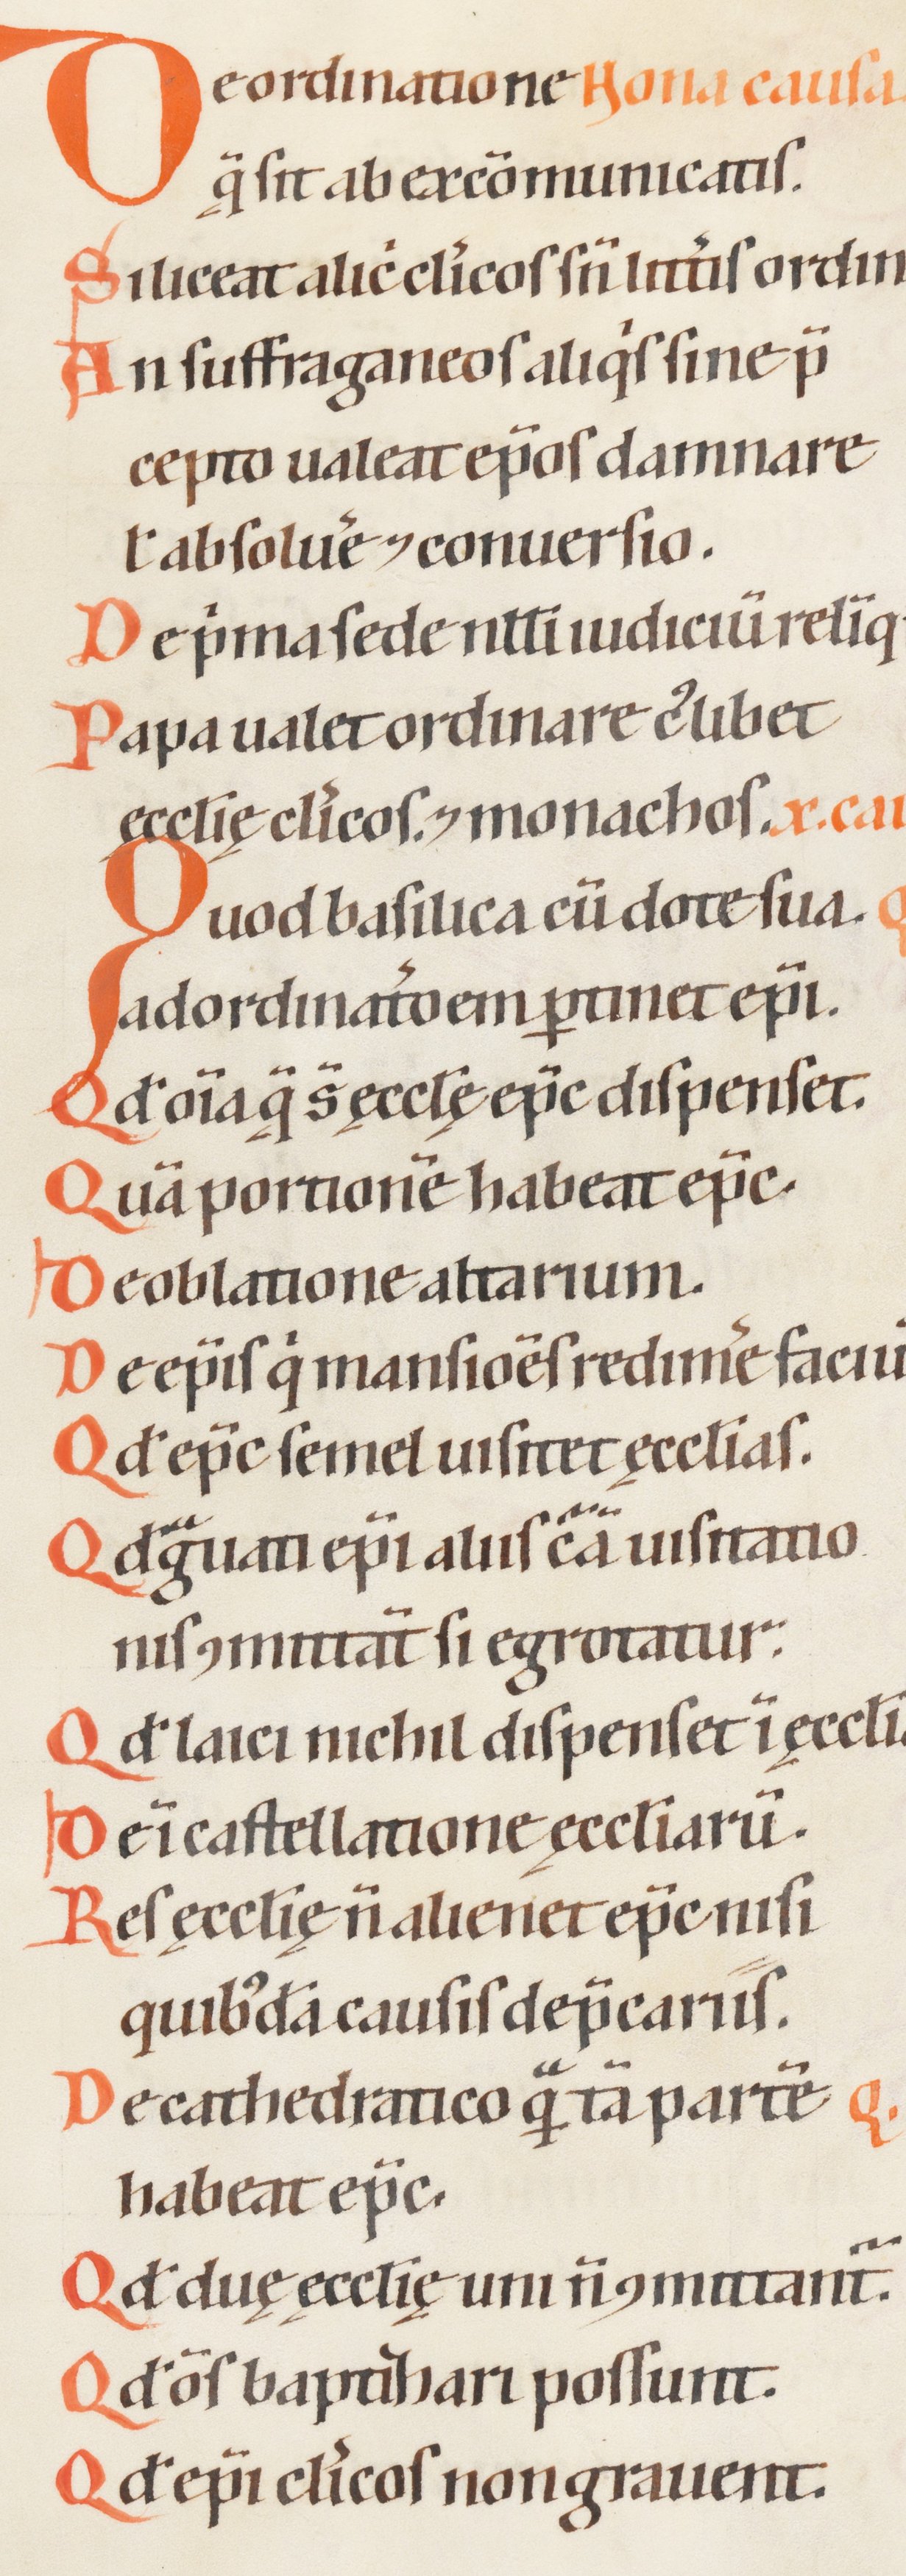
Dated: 1200–1299